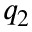
q _ { 2 }